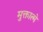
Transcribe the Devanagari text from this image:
मुक्तात्मे